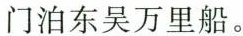
门泊东吴万里船。